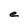
Character: e